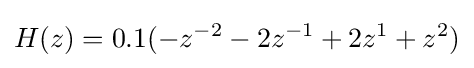
H(z)=0.1(-z^{-2}-2z^{-1}+2z^{1}+z^{2})